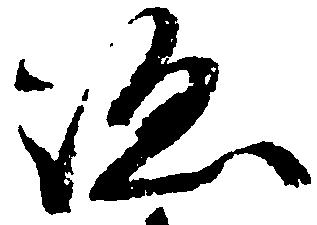
跡